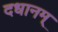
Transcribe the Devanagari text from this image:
दधानम्